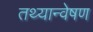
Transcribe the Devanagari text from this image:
तथ्यान्वेषण